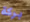
بركة